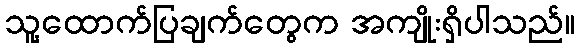
သူ့ထောက်ပြချက်တွေက အကျိုးရှိပါသည်။